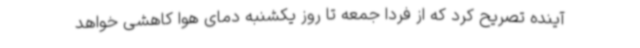
آینده تصریح کرد که از فردا جمعه تا روز یکشنبه دمای هوا کاهشی خواهد